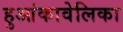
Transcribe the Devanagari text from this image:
हुआंकावेलिका